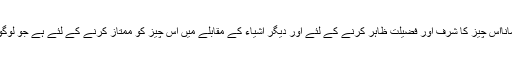
مزید فرماتے ہیں کہ اللّٰہ تعالیٰ کا اپنی ذات و صفات کے علاوہ کسی اور چیز کی قسم یاد فرمانااس چیز کا شرف اور فضیلت ظاہر کرنے کے لئے اور دیگر اَشیاء کے مقابلے میں اس چیز کو ممتاز کرنے کے لئے ہے جو لوگوں کے درمیان موجود ہے تاکہ لوگ جان سکیں کہ یہ چیز انتہائی عظمت و شرافت والی ہے۔